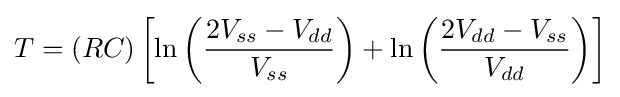
T=(RC)\left[\ln \left({\frac {2V_{ss}-V_{dd}}{V_{ss}}}\right)+\ln \left({\frac {2V_{dd}-V_{ss}}{V_{dd}}}\right)\right]